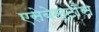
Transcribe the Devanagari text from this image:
एसेबेस्टाँस